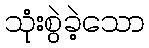
သုံးစွဲခဲ့သော